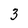
Character: 3